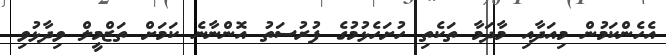
އެހެންކަމުން މިއަދާއި މާދަމާ ތަކެތި ހުށަހެޅުމުގެ ފުރުސަތު އޮންނާނެ ކަމަށް ތަޒްމީލް ވިދާޅުވި